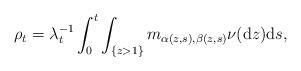
LaTeX: \begin{align*}\rho_{t}=\lambda_{t}^{-1}\int_{0}^{t}\int_{\lbrace z>1\rbrace}m_{\alpha(z,s),\beta(z,s)}\nu(\mathrm{d}z)\mathrm{d}s,\end{align*}